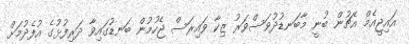
އައިޖީއެމް އެޗުން ބުނީ މާބަނޑުދުވަސްވަރު ޒިކާ ވައިރަސް ޖެހުމުން ބަނޑުގައިވާ ދަރިފުޅުގެ އުފެދުމަށް